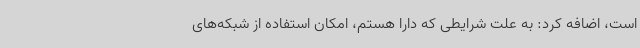
است، اضافه کرد: به علت شرایطی که دارا هستم، امکان استفاده از شبکه‌های